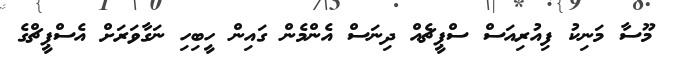
މޫސާ މަނިކު ފިއުރިއަސް ސްޕީޗެއް ދިނަސް އެންމެން ގައިން ހީބިހި ނަގާވަރަށް އެސްޕީޗްގެ